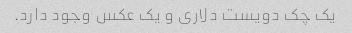
یک چک دویست دلاری و یک عکس وجود دارد.